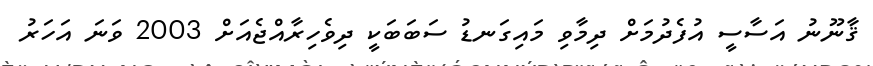
ޤާނޫނު އަސާސީ އުފެދުމަށް ދިމާވި މައިގަނޑު ސަބަބަކީ ދިވެހިރާއްޖެއަށް 2003 ވަނަ އަހަރު